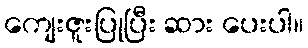
ကျေးဇူးပြုပြီး ဆား ပေးပါ။